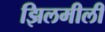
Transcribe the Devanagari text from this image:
झिलमीली